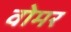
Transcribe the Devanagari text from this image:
वोमर